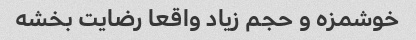
خوشمزه و حجم زیاد واقعا رضایت بخشه